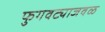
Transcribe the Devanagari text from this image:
फुगवट्याजवळ